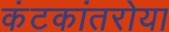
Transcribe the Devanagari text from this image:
कंटकांतरोया